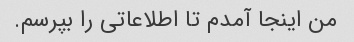
من اینجا آمدم تا اطلاعاتی را بپرسم.